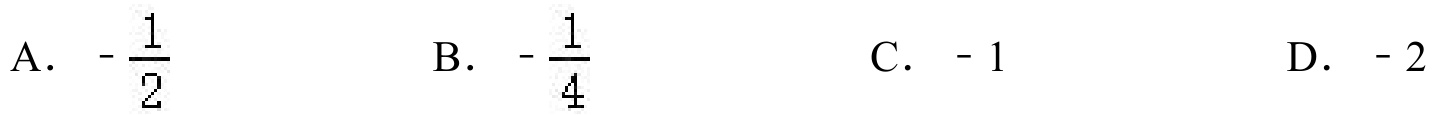
A. $-\frac{1}{2}$  B. $-\frac{1}{4}$  C. $- 1$  D. $- 2$